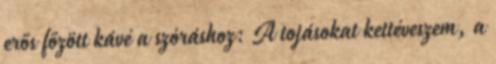
erős főzött kávé a szóráshoz: A tojásokat kettéveszem, a